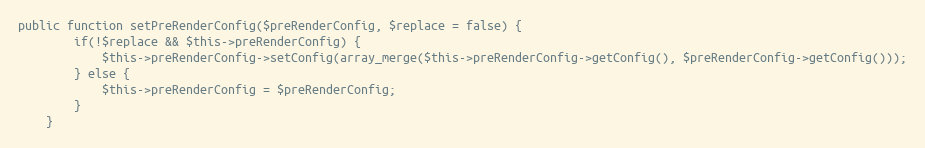
Language: PHP
public function setPreRenderConfig($preRenderConfig, $replace = false) {
        if(!$replace && $this->preRenderConfig) {
            $this->preRenderConfig->setConfig(array_merge($this->preRenderConfig->getConfig(), $preRenderConfig->getConfig()));
        } else {
            $this->preRenderConfig = $preRenderConfig;
        }
    }